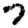
Digit: 7